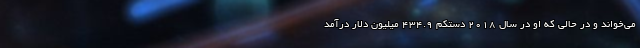
می‌خواند و در حالی که او در سال 2018 دستکم 434.9 میلیون دلار درآمد